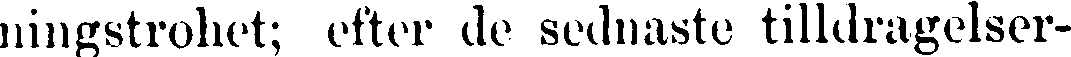
ningstrohet; efter de sednaste tilldragelser-